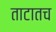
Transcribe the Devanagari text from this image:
ताटातच